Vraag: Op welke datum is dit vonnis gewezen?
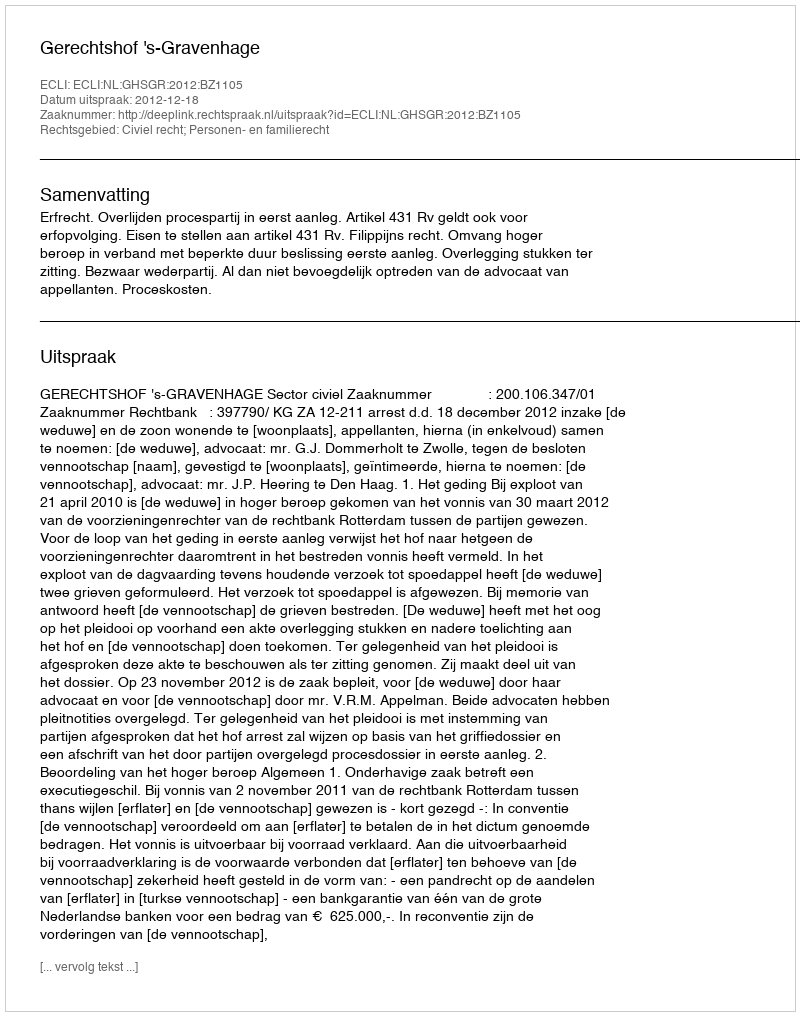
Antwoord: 2012-12-18